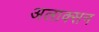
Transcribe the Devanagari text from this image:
अलाक्सन